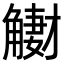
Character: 𧤳